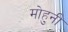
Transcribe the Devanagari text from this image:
मोहुनी